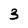
Character: 3